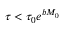
\tau < \tau _ { 0 } e ^ { b M _ { 0 } }